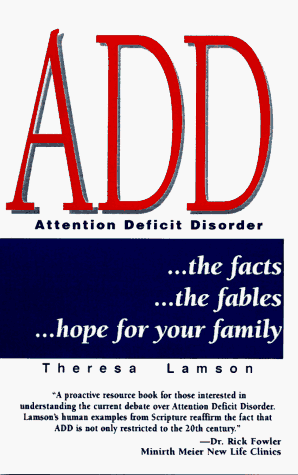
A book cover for ADD, the Facts, the Fables: Hope for Your Family; Theresa Lamson; Parenting & Relationships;